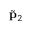
{ \tilde { \bf p } } _ { 2 }